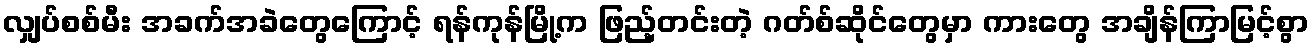
လျှပ်စစ်မီး အခက်အခဲတွေကြောင့် ရန်ကုန်မြို့က ဖြည့်တင်းတဲ့ ဂတ်စ်ဆိုင်တွေမှာ ကားတွေ အချိန်ကြာမြင့်စွာ